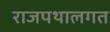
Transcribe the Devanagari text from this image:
राजपथालगत